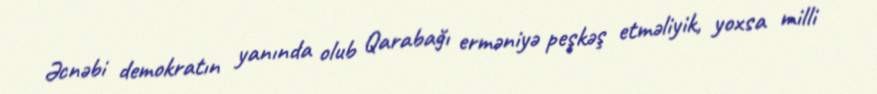
Əcnəbi demokratın yanında olub Qarabağı erməniyə peşkəş etməliyik, yoxsa milli